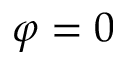
\varphi = 0